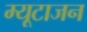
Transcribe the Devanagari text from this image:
म्यूटाजन